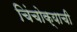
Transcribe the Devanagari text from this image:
चिंचोक्याची